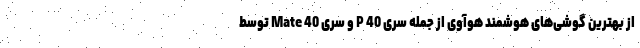
از بهترین گوشی‌های هوشمند هوآوی از جمله سری P 40 و سری Mate 40 توسط